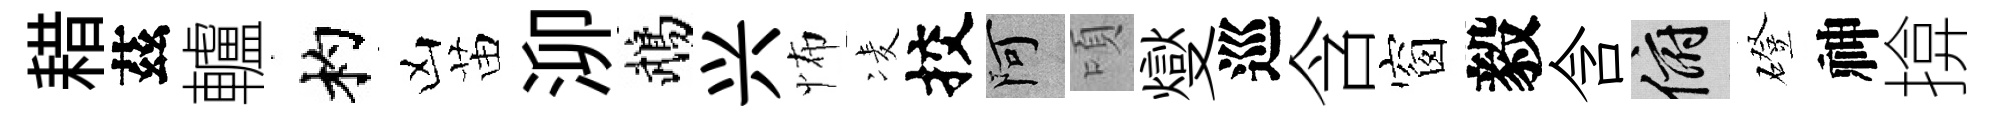
耤茲轤杓凶苗泖鵡兴怖凌挍阿頃燮巡含窗毅含俯磴神揜